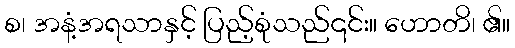
စ၊ အနံ့အရသာနှင့် ပြည့်စုံသည်၎င်း။ ဟောတိ၊ ၏။